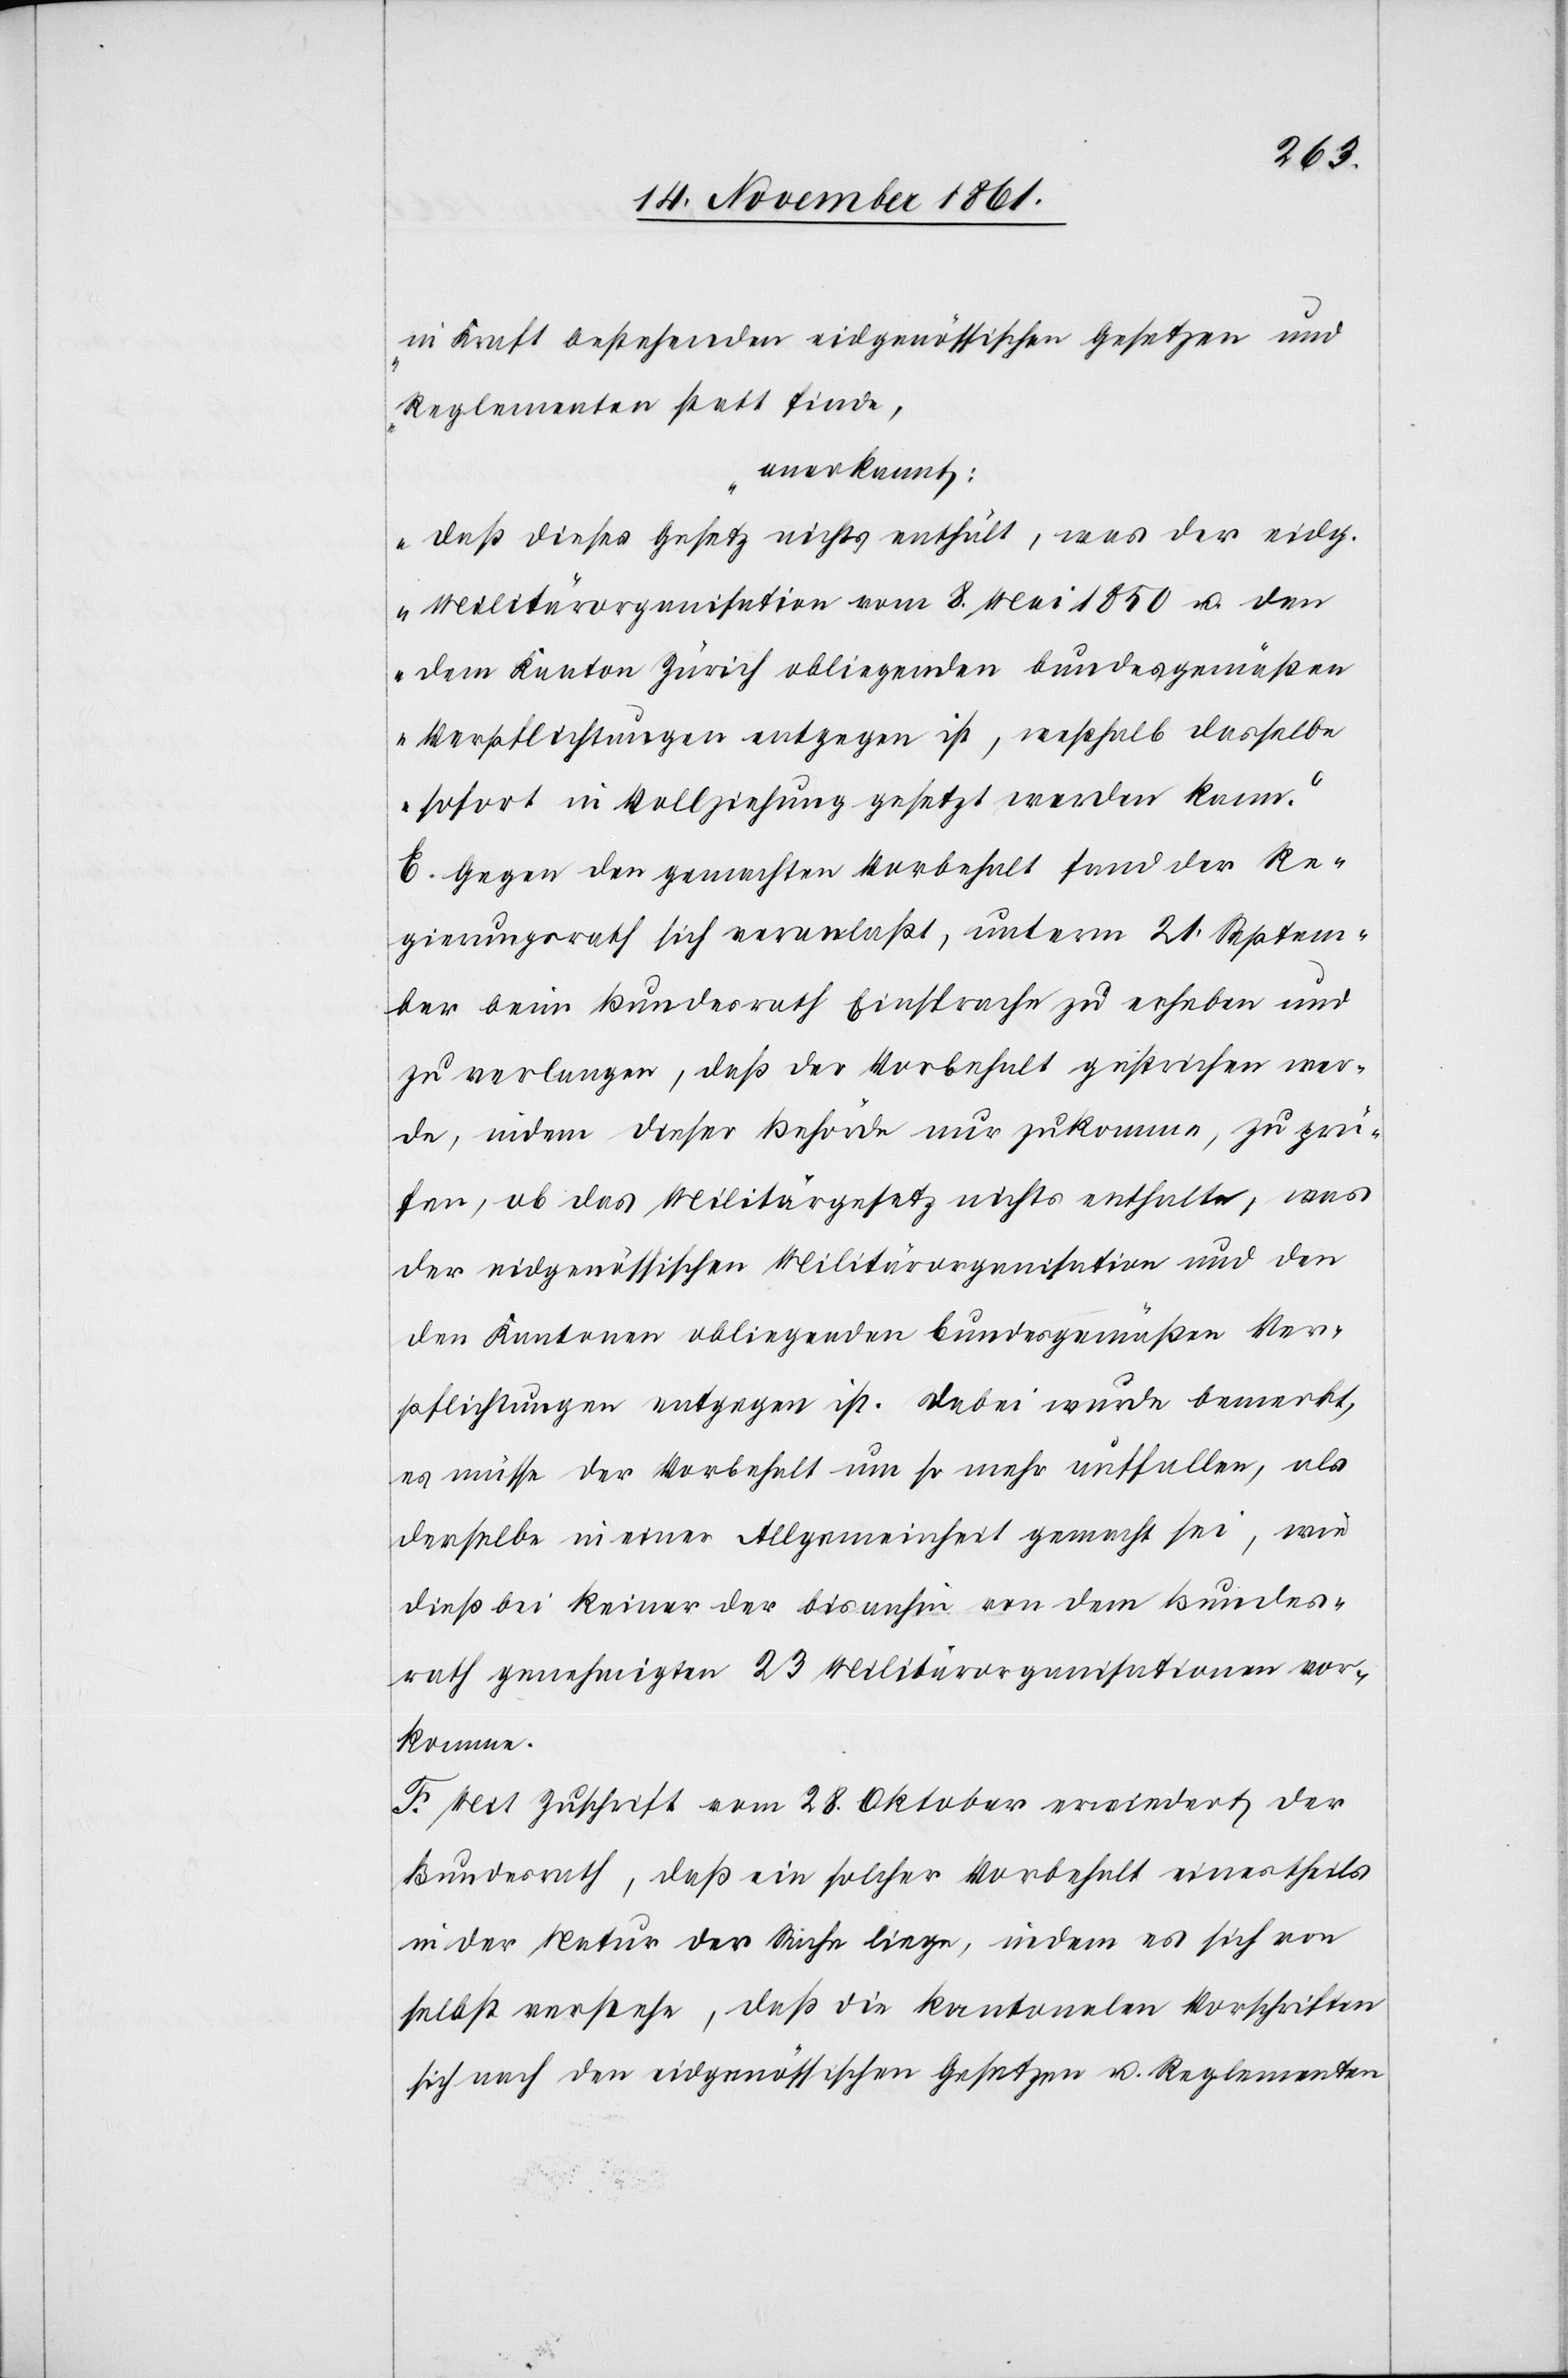
in Kraft bestehenden eidgenössischen Gesetzen und
Reglementen statt finde,
anerkennt:
daß dieses Gesetz nichts enthält, was der eidg.
Militärorganisation vom 8 Mai 1850 u. den
dem Kanton Zürich obliegenden bundesgemäßen
Verpflichtungen entgegen ist, weßhalb dasselbe
sofort in Vollziehung gesetzt werden kann.“
E. Gegen den gemachten Vorbehalt fand der Re¬
gierungsrath sich veranlaßt, unterm 21 Septem¬
ber beim Bundesrath Einsprache zu erheben und
zu verlangen, daß der Vorbehalt gestrichen wer¬
de, indem dieser Behörde nur zukomme, zu prü¬
fen, ob das Militärgesetz nichts enthalte, was
der eidgenössischen Militärorganisation und den
den Kantonen obliegenden bundesgemäßen Ver¬
pflichtungen entgegen ist. Dabei wurde bemerkt,
es müsse der Vorbehalt um so mehr auffallen, als
derselbe in einer Allgemeinheit gemacht sei, wie
dieß bei keiner der bis anhin von dem Bundes¬
rath genehmigten 23 Militärorganisationen vor¬
komme.
F. Mit Zuschrift vom 28 Oktober erwiedert der
Bundesrath, daß ein solcher Vorbehalt einestheils
in der Natur der Sache liege, indem es sich von
selbst verstehe, daß die kantonalen Vorschriften
sich nach den eidgenössischen Gesetzen u. Reglementen